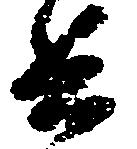
兵